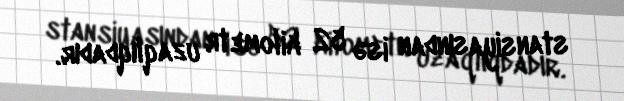
stansiyasından isə 52 kilometr uzaqlıqdadır.